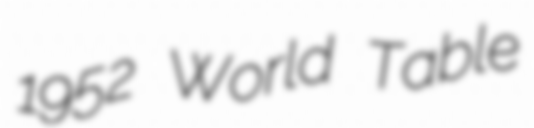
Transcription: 1952 World Table